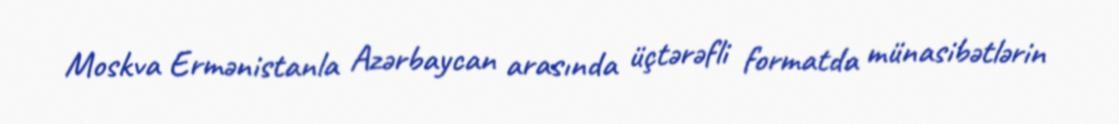
Moskva Ermənistanla Azərbaycan arasında üçtərəfli formatda münasibətlərin